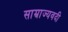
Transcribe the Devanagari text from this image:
साम्राज्यवदी